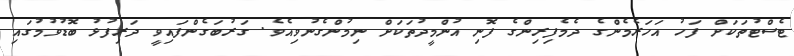
ޓެސްޓުތަކަށް ފަހު އަހަރެމެންގެ ދެމެފިރިންގެ ފޮނި އުންމީދުތަކަށް ނިމުންގެނުވިއެވެ. ގަރުބަގެންފައިވީ ދަރިފުޅު ބޮޑުވުމުގައި